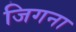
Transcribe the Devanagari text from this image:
जिगना